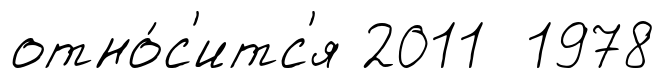
отно́с'итс'я 2011 1978